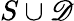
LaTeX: S\cup\mathscr{D}